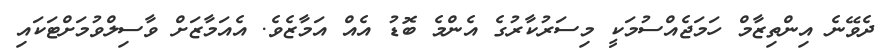
ދެވޭނެ އިންތިޒާމް ހަމަޖެއްސުމަކީ މިސަރުކާރުގެ އެންމެ ބޮޑު އެއް އަމާޒެވެ. އެއަމާޒަށް ވާސިލްވުމަށްޓަކައި